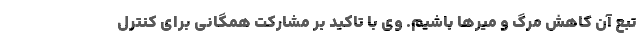
تبع آن کاهش مرگ و میرها باشیم. وی با تاکید بر مشارکت همگانی برای کنترل